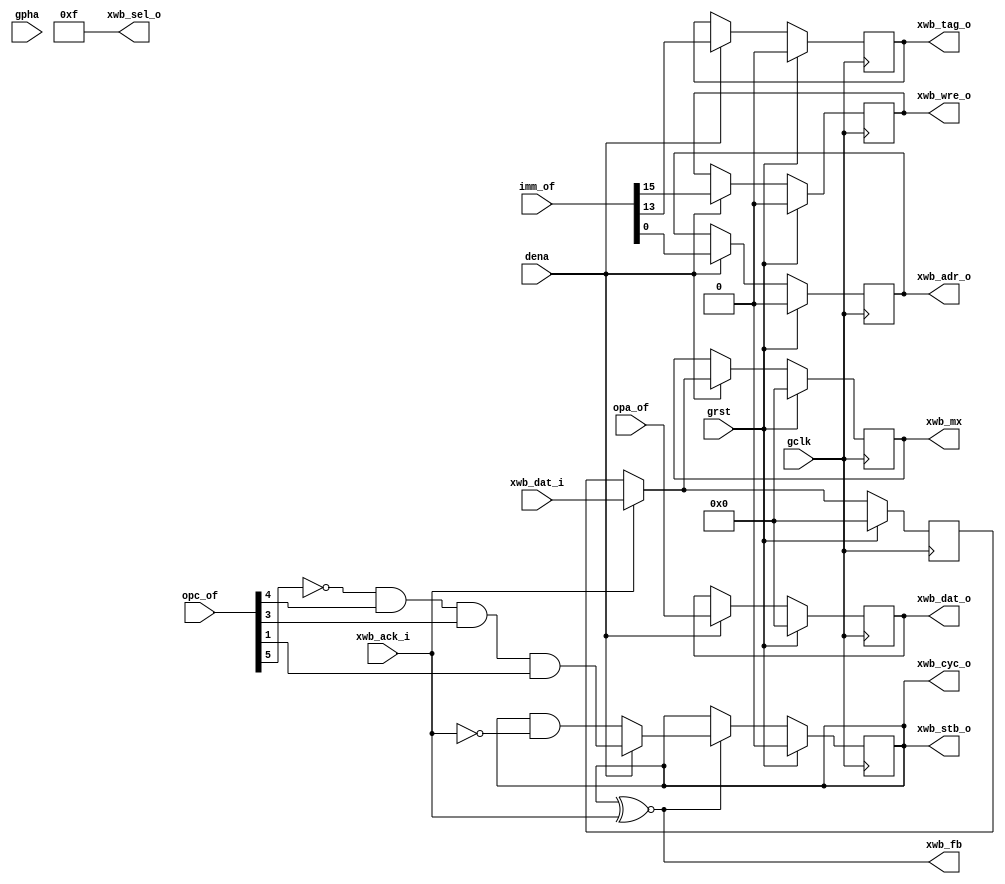
/* $Id: aeMB2_xslif.v,v 1.7 2008-04-27 16:41:46 sybreon Exp $
**
** AEMB2 EDK 6.2 COMPATIBLE CORE
** Copyright (C) 2004-2008 Shawn Tan <shawn.tan@aeste.net>
**  
** This file is part of AEMB.
**
** AEMB is free software: you can redistribute it and/or modify it
** under the terms of the GNU Lesser General Public License as
** published by the Free Software Foundation, either version 3 of the
** License, or (at your option) any later version.
**
** AEMB is distributed in the hope that it will be useful, but WITHOUT
** ANY WARRANTY; without even the implied warranty of MERCHANTABILITY
** or FITNESS FOR A PARTICULAR PURPOSE.  See the GNU Lesser General
** Public License for more details.
**
** You should have received a copy of the GNU Lesser General Public
** License along with AEMB. If not, see <http:**www.gnu.org/licenses/>.
*/
/**
 * Accelerator Interface
 * @file aeMB2_xslif.v
  
 * This sets up the Wishbone control signals for the XSL bus
   interface. This is a non optional bus interface. Bus transactions
   are independent of the pipeline.
 
 */

module aeMB2_xslif (/*AUTOARG*/
   // Outputs
   xwb_adr_o, xwb_dat_o, xwb_sel_o, xwb_tag_o, xwb_stb_o, xwb_cyc_o,
   xwb_wre_o, xwb_fb, xwb_mx,
   // Inputs
   xwb_dat_i, xwb_ack_i, imm_of, opc_of, opa_of, gclk, grst, dena,
   gpha
   );
   parameter AEMB_XSL = 1; ///< implement XSEL bus (ignored)
   parameter AEMB_XWB = 3; ///< XSEL bus width

   // XWB control signals   
   output [AEMB_XWB-1:2] xwb_adr_o;
   output [31:0] 	 xwb_dat_o;   
   output [3:0] 	 xwb_sel_o;
   output 		 xwb_tag_o;   
   output 		 xwb_stb_o,
			 xwb_cyc_o,
			 xwb_wre_o;
   input [31:0] 	 xwb_dat_i; 		 
   input 		 xwb_ack_i;   
      
   // INTERNAL
   output 		 xwb_fb;
   output [31:0] 	 xwb_mx;   
   input [15:0] 	 imm_of;
   input [5:0] 		 opc_of;    
   input [31:0] 	 opa_of;
   
   // SYS signals
   input 		 gclk,
			 grst,
			 dena,
			 gpha;   
   
   /*AUTOREG*/
   // Beginning of automatic regs (for this module's undeclared outputs)
   reg [AEMB_XWB-1:2]	xwb_adr_o;
   reg [31:0]		xwb_dat_o;
   reg [31:0]		xwb_mx;
   reg			xwb_stb_o;
   reg			xwb_tag_o;
   reg			xwb_wre_o;
   // End of automatics
   
   // FIXME: perform NGET/NPUT non-blocking operations
   assign 		xwb_fb = (xwb_stb_o ~^ xwb_ack_i);
  
   // XSEL bus
   reg [31:0] 		xwb_lat;
   
   always @(posedge gclk)
     if (grst) begin
	/*AUTORESET*/
	// Beginning of autoreset for uninitialized flops
	xwb_adr_o <= {(1+(AEMB_XWB-1)-(2)){1'b0}};
	xwb_dat_o <= 32'h0;
	xwb_mx <= 32'h0;
	xwb_tag_o <= 1'h0;
	xwb_wre_o <= 1'h0;
	// End of automatics
     end else if (dena) begin

	xwb_adr_o <= #1 imm_of[11:0]; // FSLx	
	xwb_wre_o <= #1 imm_of[15]; // PUT
	xwb_tag_o <= #1 imm_of[13]; // cGET/cPUT	

	xwb_dat_o <= #1 opa_of; // Latch output

	xwb_mx <= #1 (xwb_ack_i) ? 
		  xwb_dat_i : // stalled from XWB
		  xwb_lat; // Latch earlier
	
     end // if (dena)

   assign xwb_sel_o = 4'hF;   
   
   // Independent on pipeline
   reg 			xBLK;

   always @(posedge gclk)
     if (grst) begin
	/*AUTORESET*/
	// Beginning of autoreset for uninitialized flops
	xwb_lat <= 32'h0;
	// End of automatics
     end else if (xwb_ack_i) begin
	xwb_lat <= #1 xwb_dat_i;	
     end
   
   always @(posedge gclk)
     if (grst) begin
	/*AUTORESET*/
	// Beginning of autoreset for uninitialized flops
	xBLK <= 1'h0;
	xwb_stb_o <= 1'h0;
	// End of automatics
     end else if (xwb_fb) begin
	xBLK <= #1 imm_of[14]; // nGET/nPUT	
	xwb_stb_o <= #1 (dena) ? !opc_of[5] & opc_of[4] & opc_of[3] & opc_of[1] : // GET/PUT
		     (xwb_stb_o & !xwb_ack_i);	
     end

   assign xwb_cyc_o = xwb_stb_o;
   //assign xwb_stb_o = (AEMB_XSL[0]) ? xSTB : 1'bX;   
   
endmodule // aeMB2_xslif

/*
 $Log: not supported by cvs2svn $
 Revision 1.6  2008/04/27 16:04:12  sybreon
 Fixed minor typos.

 Revision 1.5  2008/04/26 17:57:43  sybreon
 Minor performance improvements.

 Revision 1.4  2008/04/26 01:09:06  sybreon
 Passes basic tests. Minor documentation changes to make it compatible with iverilog pre-processor.

 Revision 1.3  2008/04/21 12:11:38  sybreon
 Passes arithmetic tests with single thread.

 Revision 1.2  2008/04/20 16:34:32  sybreon
 Basic version with some features left out.

 Revision 1.1  2008/04/18 00:21:52  sybreon
 Initial import.
*/